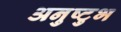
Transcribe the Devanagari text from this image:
अनुष्‍टुभ